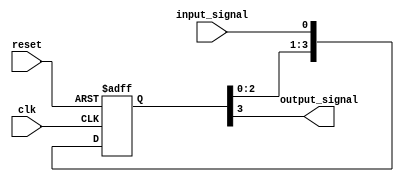
module four_flop_synchronizer (
    input wire clk,
    input wire reset,
    input wire input_signal,
    output reg output_signal
);

reg [3:0] sync_signal;

// Sequential logic
always @(posedge clk or posedge reset) begin
    if (reset)
        sync_signal <= 4'b0000;
    else
        sync_signal <= {sync_signal[2:0], input_signal};
end

// Combinational logic
always @(*) begin
    output_signal = sync_signal[3];
end

endmodule